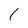
Character: 1